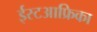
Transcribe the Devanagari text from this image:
ईस्टआफ्रिका